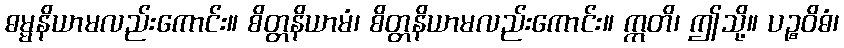
ဓမ္မနိယာမလည်းကောင်း။ စိတ္တနိယာမံ၊ စိတ္တနိယာမလည်းကောင်း။ ဣတိ၊ ဤသို့။ ပဉ္စဝိဓံ၊